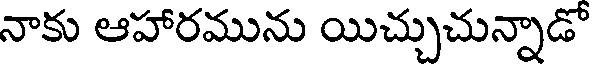
నాకు ఆహారమును యిచ్చుచున్నాడో